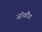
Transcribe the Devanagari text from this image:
जॉयपैड